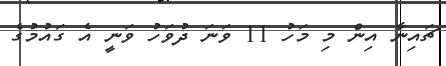
ޗައިނާ އިން މި މަހު 11 ވަނަ ދުވަހު ވަނީ އެ ގައުމުގެ